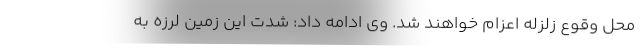
محل وقوع زلزله اعزام خواهند شد. وی ادامه داد: شدت این زمین لرزه به